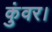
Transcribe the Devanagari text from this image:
कुंवर।